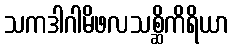
သကဒါဂါမိဖလသစ္ဆိကိရိယာ